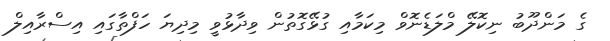
ގެ މަންދޫބު ނިކޮލޭ މްލަޑެނޮވް މިކަމާއި ގުޅޭގޮތުން ވިދާޅުވީ މިދިޔަ ހަފްތާގައި އިސްރާއިލް